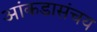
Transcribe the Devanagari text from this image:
आंकडासंचय